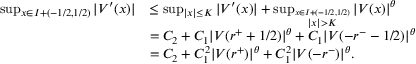
\begin{array} { r l } { \operatorname* { s u p } _ { x \in I + ( - 1 / 2 , 1 / 2 ) } | V ^ { \prime } ( x ) | } & { \le \operatorname* { s u p } _ { | x | \le K } | V ^ { \prime } ( x ) | + \operatorname* { s u p } _ { \stackrel { x \in I + ( - 1 / 2 , 1 / 2 ) } { | x | > K } } | V ( x ) | ^ { \theta } } \\ & { = C _ { 2 } + C _ { 1 } | V ( r ^ { + } + 1 / 2 ) | ^ { \theta } + C _ { 1 } | V ( - r ^ { - } - 1 / 2 ) | ^ { \theta } } \\ & { = C _ { 2 } + C _ { 1 } ^ { 2 } | V ( r ^ { + } ) | ^ { \theta } + C _ { 1 } ^ { 2 } | V ( - r ^ { - } ) | ^ { \theta } . } \end{array}